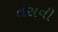
તસવી